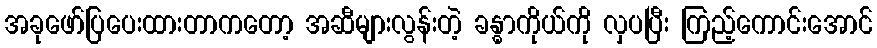
အခုဖော်ပြပေးထားတာကတော့ အဆီများလွန်းတဲ့ ခန္ဓာကိုယ်ကို လှပပြီး ကြည့်ကောင်းအောင်